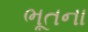
ભૂતના